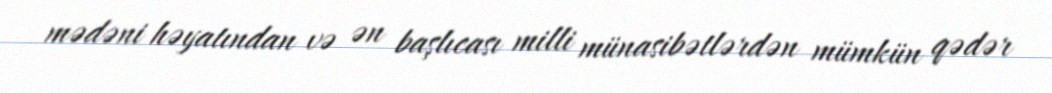
mədəni həyatından və ən başlıcası milli münasibətlərdən mümkün qədər